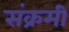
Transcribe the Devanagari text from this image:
संक्रमी